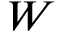
W